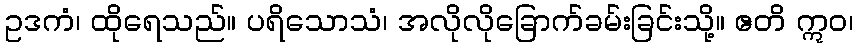
ဥဒကံ၊ ထိုရေသည်။ ပရိသောသံ၊ အလိုလိုခြောက်ခမ်းခြင်းသို့။ ဧတိ ဣဝ၊